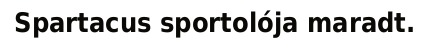
Spartacus sportolója maradt.